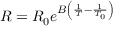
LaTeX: R = R _ { 0 } e ^ { B \left( { \frac { 1 } { T } } - { \frac { 1 } { T _ { 0 } } } \right) }